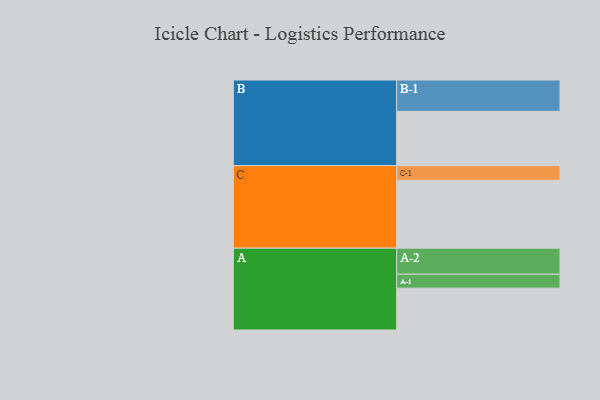
{"axis": {"x": "Segment", "y": "Value"}, "legend": ["", "A", "B", "C"], "data": [{"x": "A", "y": 307, "type": ""}, {"x": "B", "y": 398, "type": ""}, {"x": "C", "y": 498, "type": ""}, {"x": "A-1", "y": 102, "type": "A"}, {"x": "A-2", "y": 191, "type": "A"}, {"x": "B-1", "y": 230, "type": "B"}, {"x": "C-1", "y": 107, "type": "C"}]}